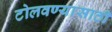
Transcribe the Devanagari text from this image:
टोलवण्यासाठी